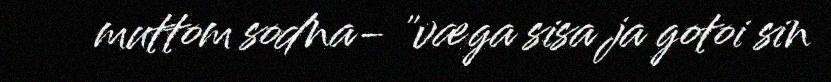
muttom sodna- "væga sisa ja gotoi sin